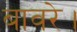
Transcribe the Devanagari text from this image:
बावरे।